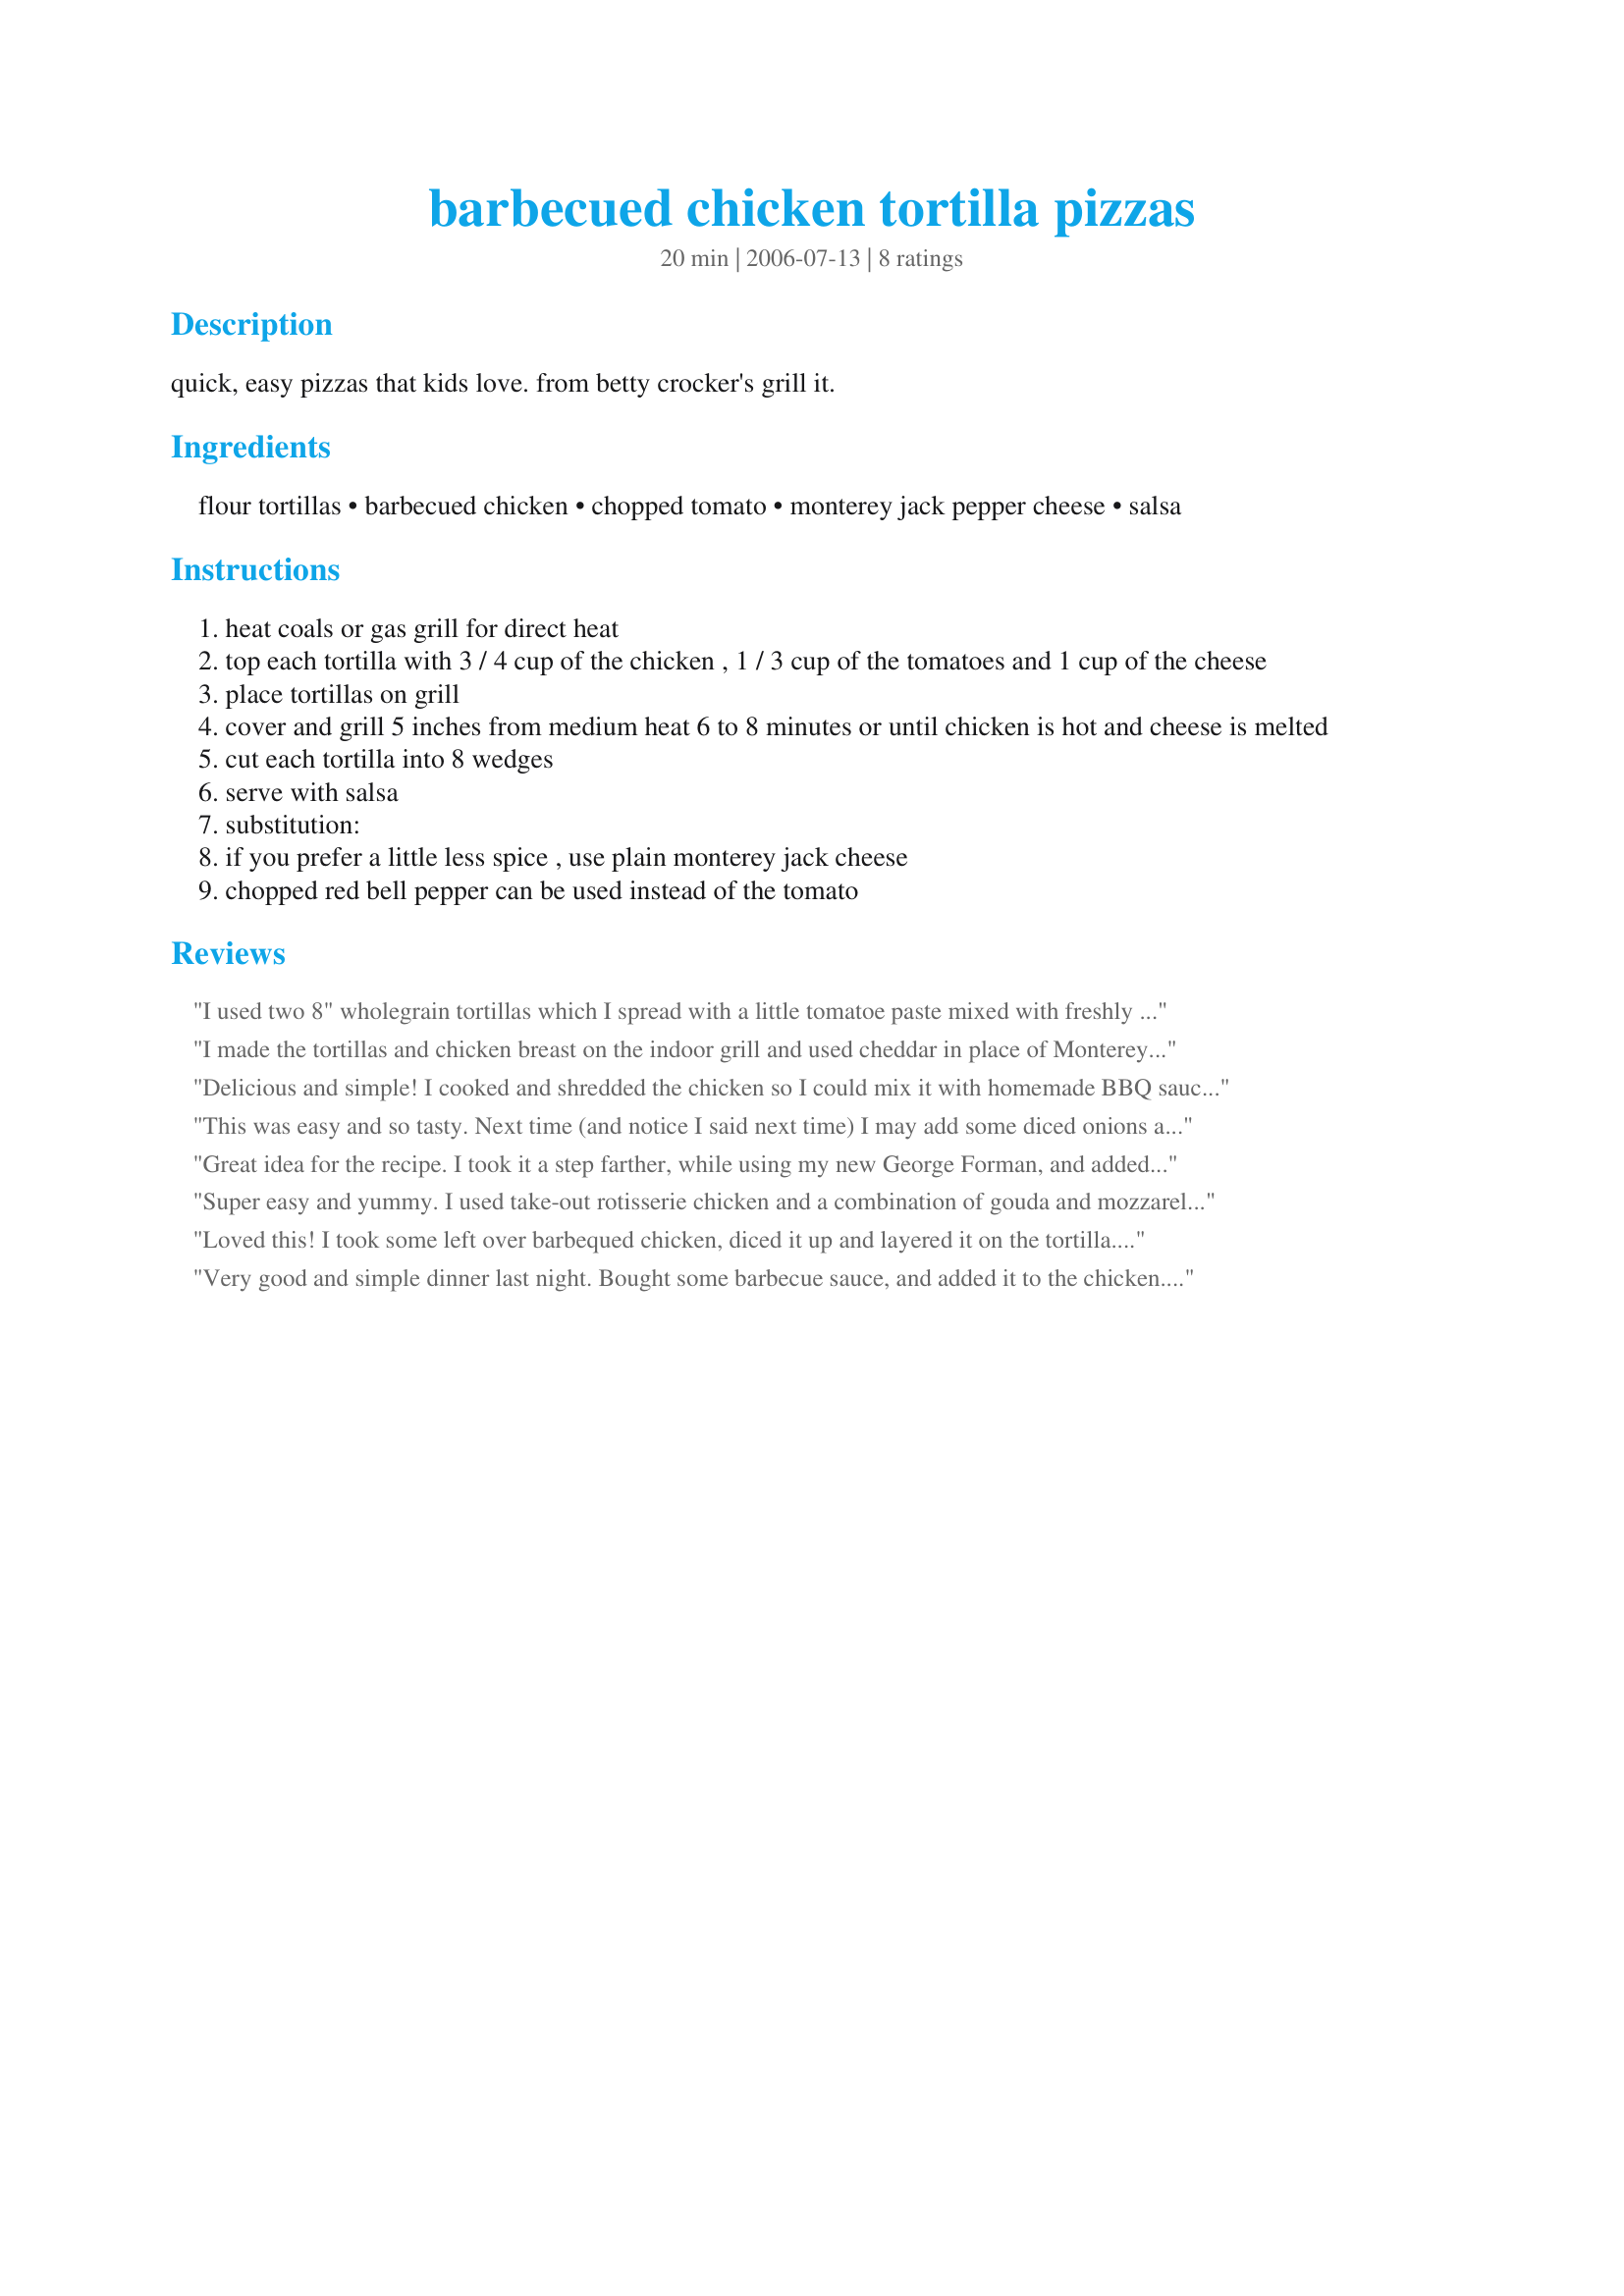
barbecued chicken tortilla pizzas
Preparation time: 20 minutes

quick, easy pizzas that kids love. from betty crocker's grill it.

Ingredients:
flour tortillas, barbecued chicken, chopped tomato, monterey jack pepper cheese, salsa

Steps:
heat coals or gas grill for direct heat
top each tortilla with 3 / 4 cup of the chicken , 1 / 3 cup of the tomatoes and 1 cup of the cheese
place tortillas on grill
cover and grill 5 inches from medium heat 6 to 8 minutes or until chicken is hot and cheese is melted
cut each tortilla into 8 wedges
serve with salsa
substitution:
if you prefer a little less spice , use plain monterey jack cheese
chopped red bell pepper can be used instead of the tomato

Reviews:
I used two 8" wholegrain tortillas which I spread with a little tomatoe paste mixed with freshly minced garlic and finely chopped fresh basil and then put a little of the mozzarella on that and then topped with the chopped chicken (I used a 1/4 of a roast deli chicken) and then topped with the chopped tomatoe (I used 3/4 of a large tomatoe) and then some more mozzarella and put them on a rack and baked in a 200C fan forced oven for 15 minutes for a crispy based pizzas that the DM and DS thoroughly enjoyed - so easy to make. Thank you lazyme, made for Went To Market.
I made the tortillas and chicken breast on the indoor grill and used cheddar in place of Monterey Jack as that is all I had, my family loved this for a late weekend lunch! thanks hon...Kitten:)
Delicious and simple! I cooked and shredded the chicken so I could mix it with homemade BBQ sauce. I used a four cheese blend. Thanks for a great recipe!
This was easy and so tasty. Next time (and notice I said next time) I may add some diced onions also.

I served it with pasta salad for a easy summer night dinner
Great idea for the recipe. I took it a step farther, while using my new George Forman, and added red onion and as odd as it sounds a little sriracha sauce to spice it up. Must be my unusual taste buds at work. Loved it with salsa though as well.
Super easy and yummy. I used take-out rotisserie chicken and a combination of gouda and mozzarella cheese (can't get monterey jack). Also used salsa (bottled) as I didn't have any fresh tomatoes on hand, and generally avoid buying fresh this time of year, anyway. Made this for an after-school snack and we all really loved it.
Loved this! I took some left over barbequed chicken, diced it up and layered it on the tortilla. Placed on the grill and....a wonderful, crispy pizza in minutes.
Very good and simple dinner last night. Bought some barbecue sauce, and added it to the chicken. Perfect cooking time too. Thanks for the post. A keeper here. Made for Zaar Stars.
